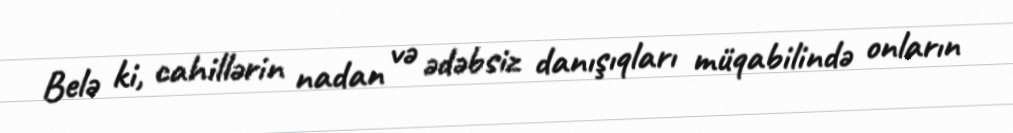
Belə ki, cahillərin nadan və ədəbsiz danışıqları müqabilində onların